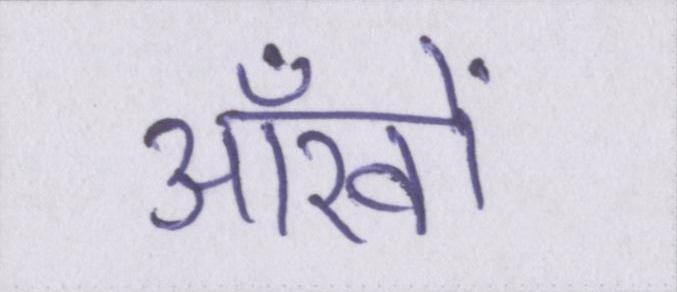
आँखों